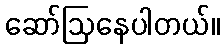
ဆော်ဩနေပါတယ်။